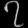
Digit: ၇